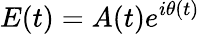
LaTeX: E(t)=A(t)e^{i\theta(t)}